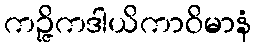
ကဉ္ဇိကဒါယိကာဝိမာနံ